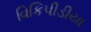
વિકિપીડીયા